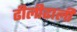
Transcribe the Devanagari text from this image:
ढीलीढाली